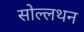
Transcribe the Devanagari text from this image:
सोल्लथन